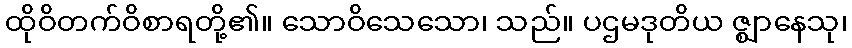
ထိုဝိတက်ဝိစာရတို့၏။ သောဝိသေသော၊ သည်။ ပဌမဒုတိယ ဇ္ဈာနေသု၊